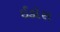
ઈકોસ